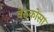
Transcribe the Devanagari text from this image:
वेरुकोसा